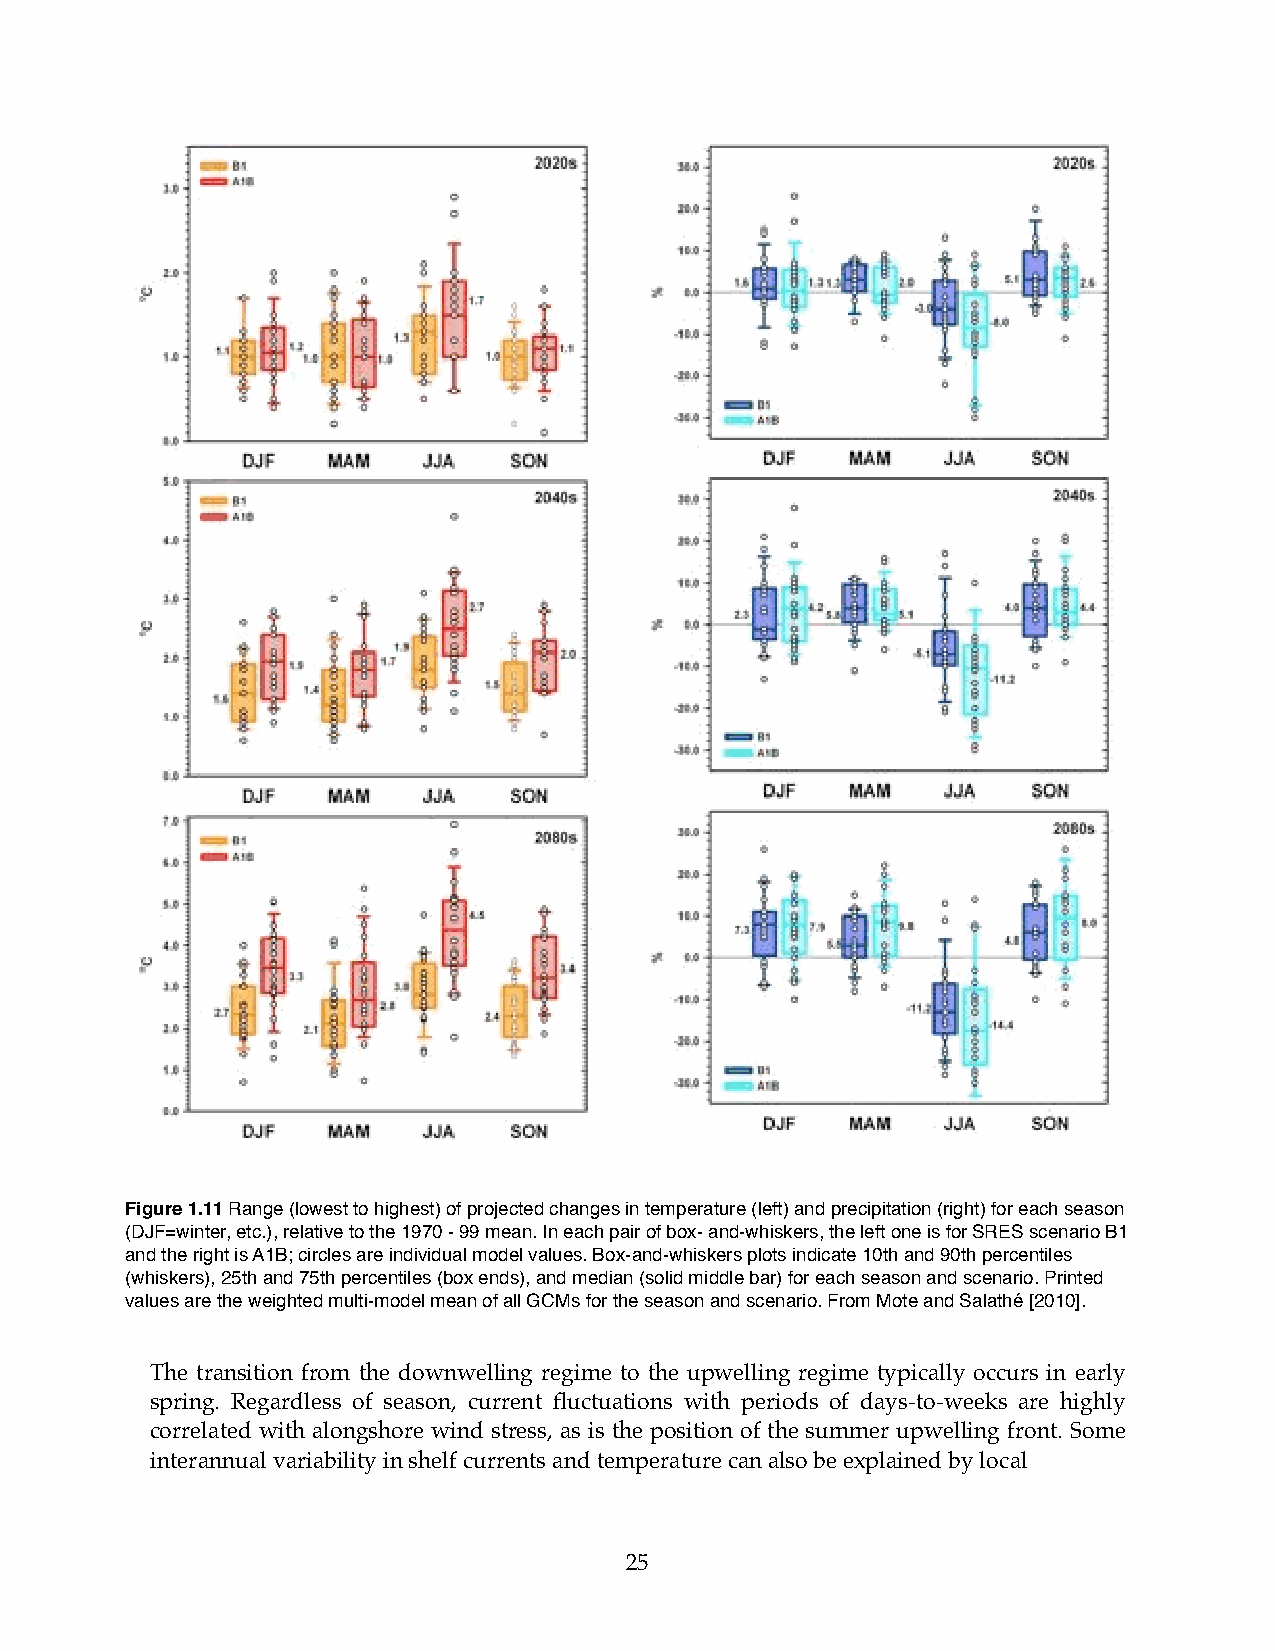
Figure 1.11 Range (lowest to highest) of projected changes in temperature (left) and precipitation (right) for each season
 (DJF=winter, etc.), relative to the 1970 - 99 mean. In each pair of box- and-whiskers, the left one is for SRES scenario B1
 and the right is A1B; circles are individual model values. Box-and-whiskers plots indicate 10th and 90th percentiles
 (whiskers), 25th and 75th percentiles (box ends), and median (solid middle bar) for each season and scenario. Printed
 values are the weighted multi-model mean of all GCMs for the season and scenario. From Mote and Salathé [2010].
 The transition from the downwelling regime to the upwelling regime typically occurs in early
 spring. Regardless of season, current fluctuations with periods of days-to-weeks are highly
 correlated with alongshore wind stress, as is the position of the summer upwelling front. Some
 interannual variability in shelf currents and temperature can also be explained by local
 25